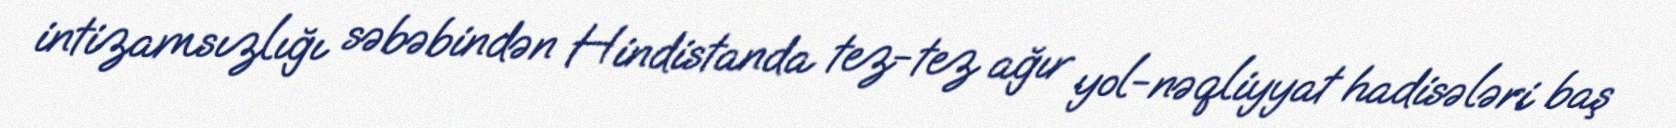
intizamsızlığı səbəbindən Hindistanda tez-tez ağır yol-nəqliyyat hadisələri baş